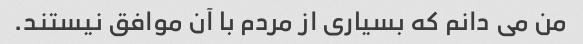
من می دانم که بسیاری از مردم با آن موافق نیستند.